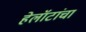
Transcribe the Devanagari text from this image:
हेलॉटांचा